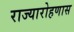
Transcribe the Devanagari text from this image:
राज्यारोहणास